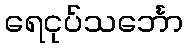
ရေငုပ်သင်္ဘော